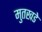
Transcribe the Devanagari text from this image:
मुतखडे